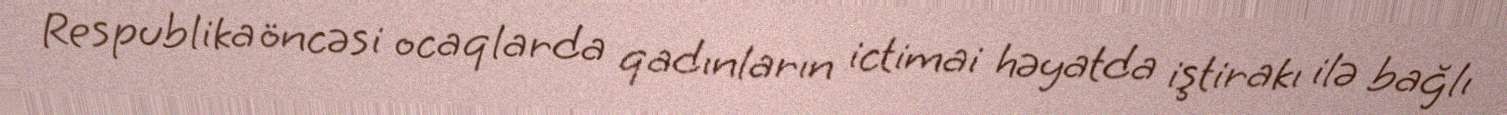
Respublika öncəsi ocaqlarda qadınların ictimai həyatda iştirakı ilə bağlı